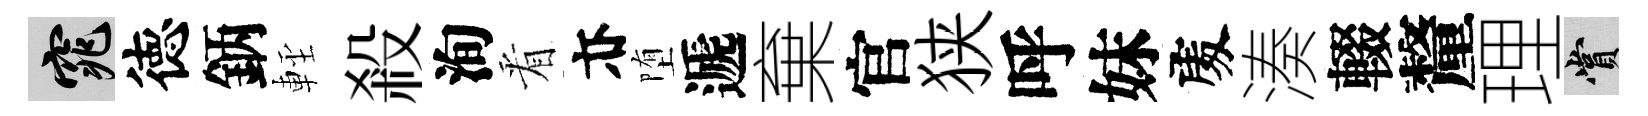
窕徳鈵䡖殺洵㸔亦堕遞棄官狭呼妹𠁅湊輟釐理賞